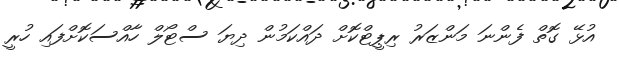
އުޅޭ ގޮތް ފެންނަ މަންޒަރު ރިޕީޓްކޮށް ދައްކަމުން ދިޔަ ސްޓޯލް ހާއްސަކޮށްފައި ހުރީ